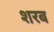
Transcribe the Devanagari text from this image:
शरब